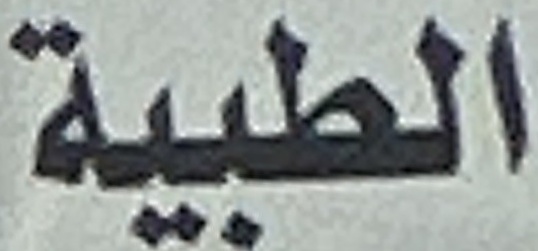
الطبیة